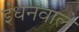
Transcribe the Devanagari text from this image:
ईंधनवाले